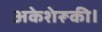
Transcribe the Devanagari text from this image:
अकेशेरूकी।